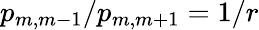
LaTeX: p_{m,m-1}/p_{m,m+1}=1/r